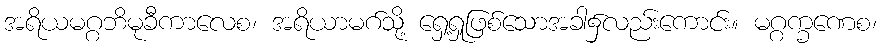
အရိယမဂ္ဂဘိမုခီကာလေစ၊ အရိယာမဂ်သို့ ရှေ့ရှုဖြစ်သောအခါ၌လည်းကောင်း။ မဂ္ဂက္ခဏေစ၊